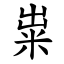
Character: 粜